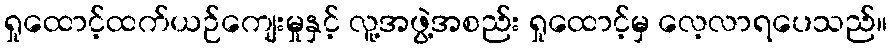
ရှုထောင့်ထက်ယဉ်ကျေးမှုနှင့် လူ့အဖွဲ့အစည်း ရှုထောင့်မှ လေ့လာရပေသည်။